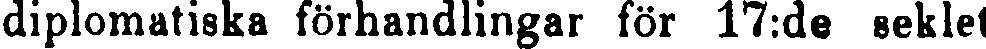
diplomatiska förhandlingar för 17:de seklet